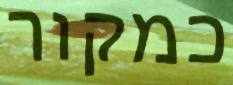
כמקור